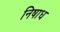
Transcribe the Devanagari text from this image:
निषाध